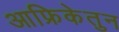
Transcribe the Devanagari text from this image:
आफ्रिकेतुन